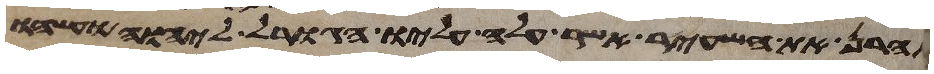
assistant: אהרן את השעיר אשר עלה עליו הגורל ליהוה ועשהו